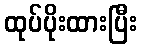
ထုပ်ပိုးထားပြီး